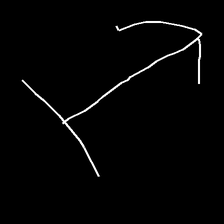
Glyph: levitation